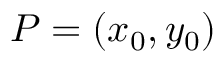
P = ( x _ { 0 } , y _ { 0 } )